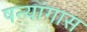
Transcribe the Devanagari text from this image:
षन्यांगास